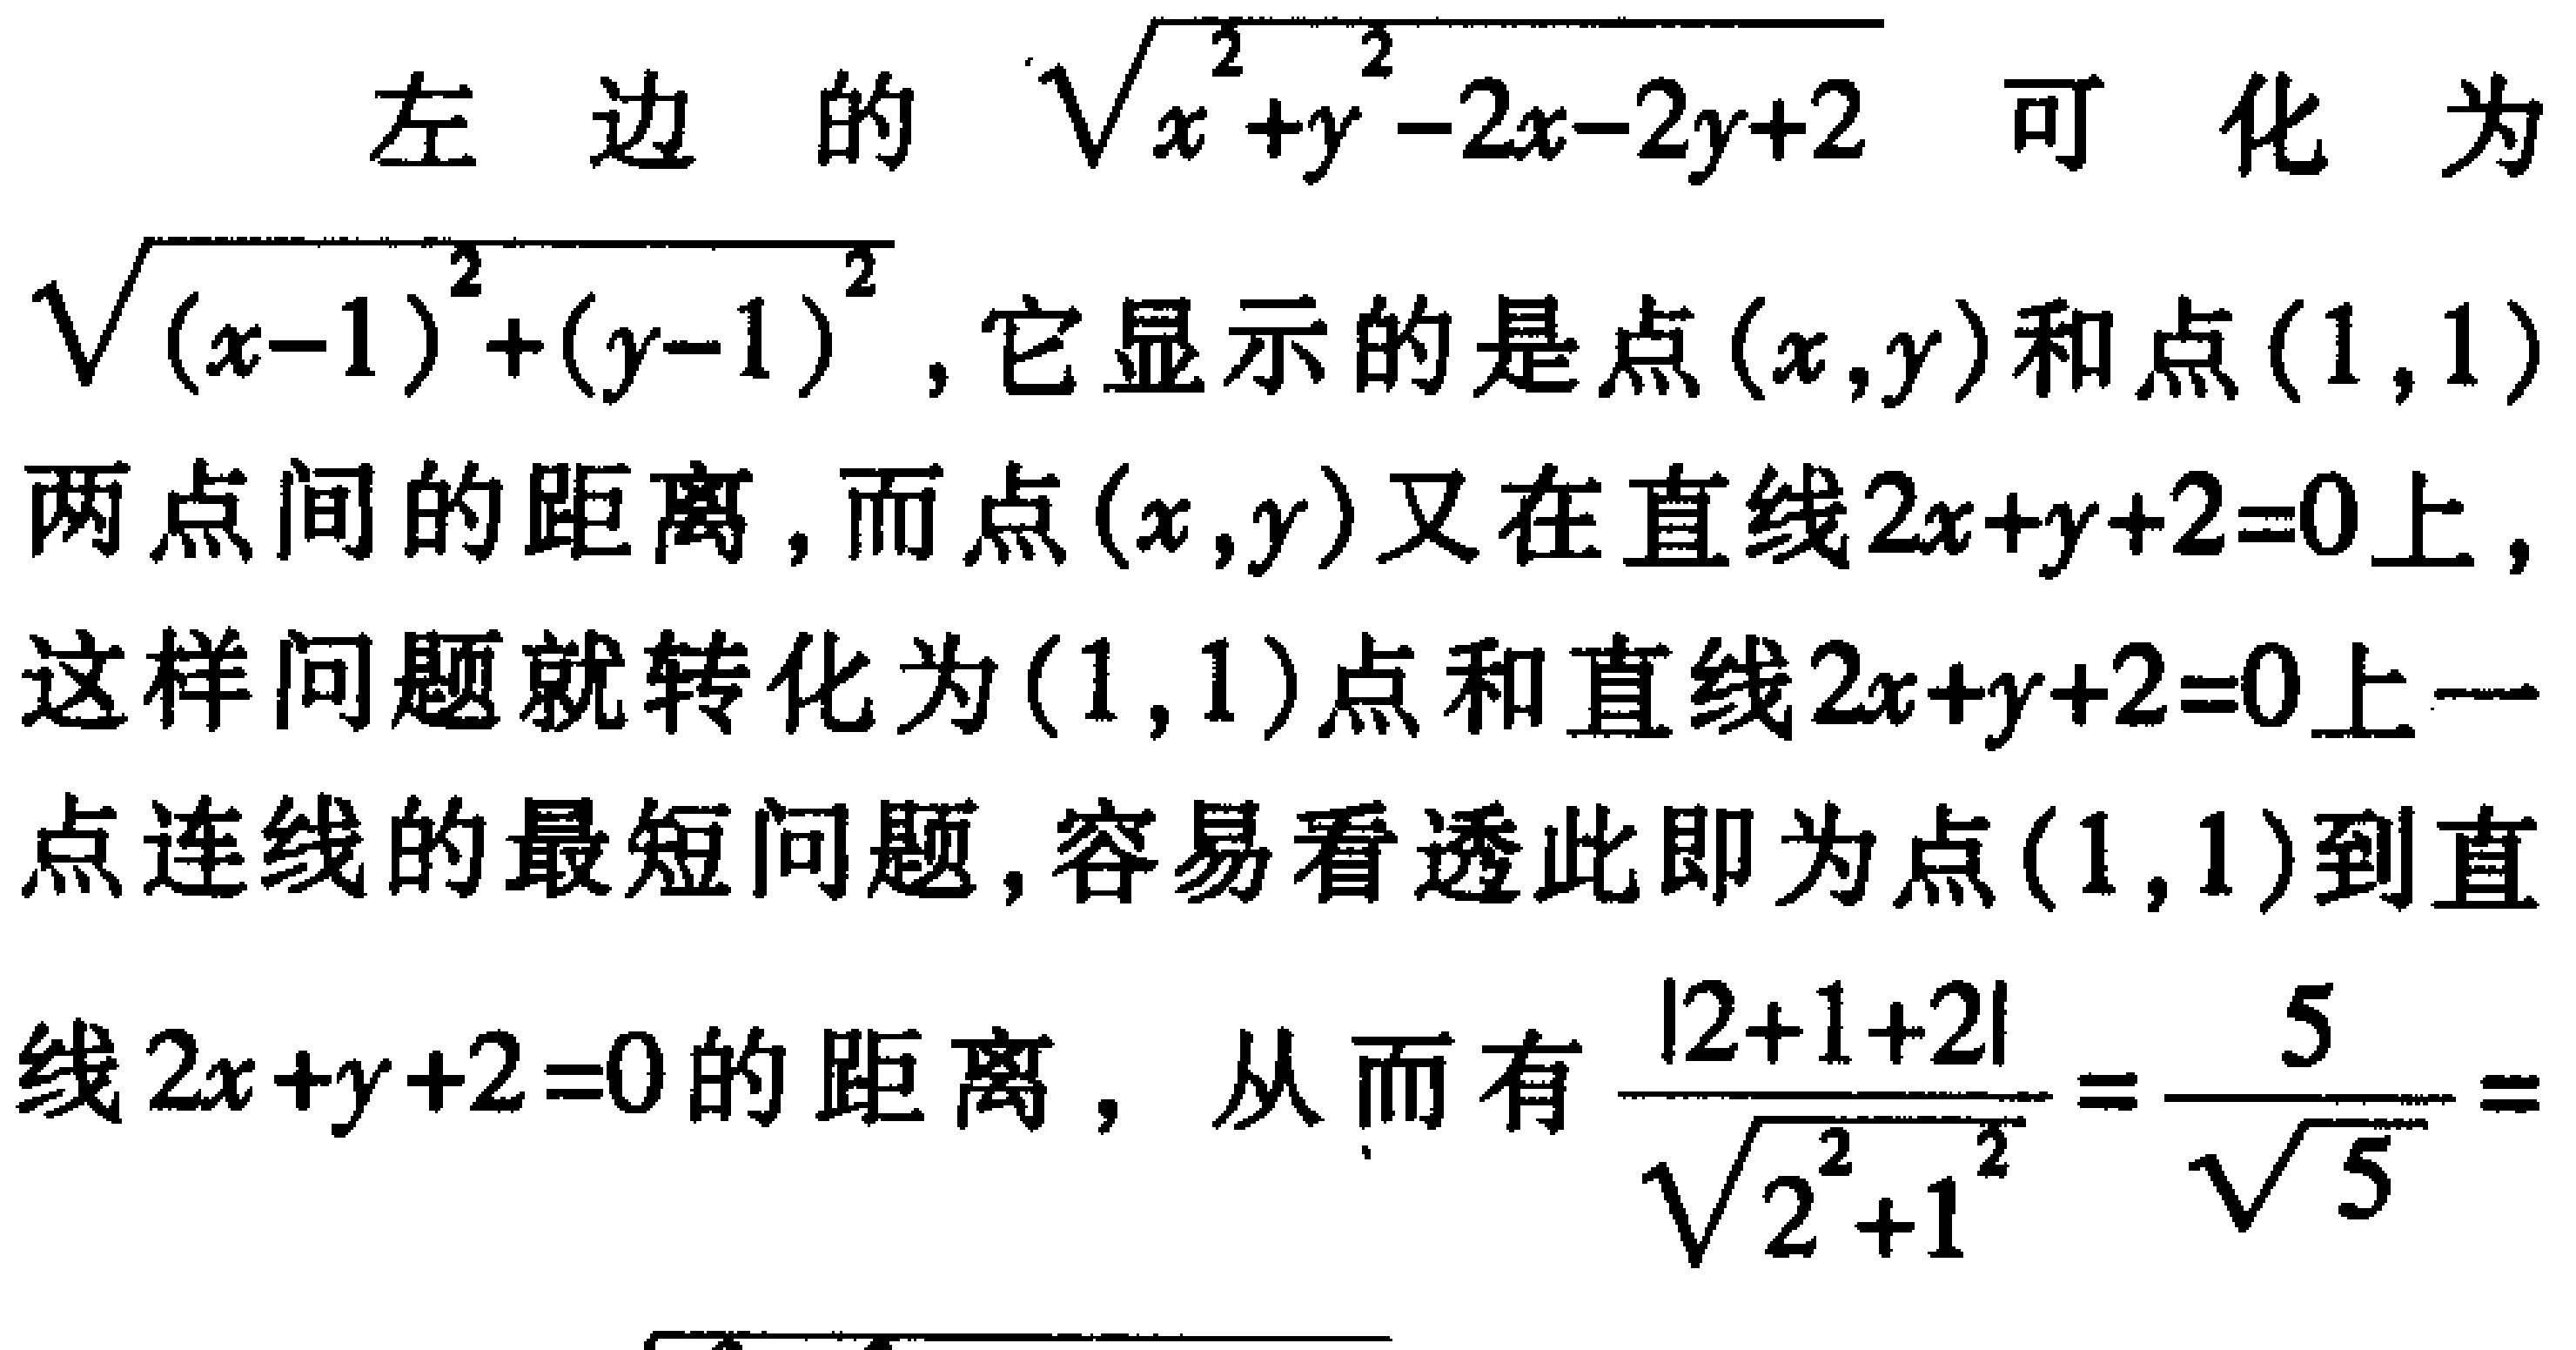
左边的\(\sqrt{x^{2}+y^{2}-2x - 2y + 2}\)可化为\(\sqrt{(x - 1)^{2}+(y - 1)^{2}}\)，它显示的是点\((x,y)\)和点\((1,1)\)两点间的距离，而点\((x,y)\)又在直线\(2x + y + 2 = 0\)上，这样问题就转化为\((1,1)\)点和直线\(2x + y + 2 = 0\)上一点连线的最短问题，容易看透此即为点\((1,1)\)到直线\(2x + y + 2 = 0\)的距离，从而有\(\frac{|2 + 1+2|}{\sqrt{2^{2}+1^{2}}}=\frac{5}{\sqrt{5}}=\)